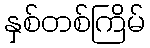
နှစ်တစ်ကြိမ်